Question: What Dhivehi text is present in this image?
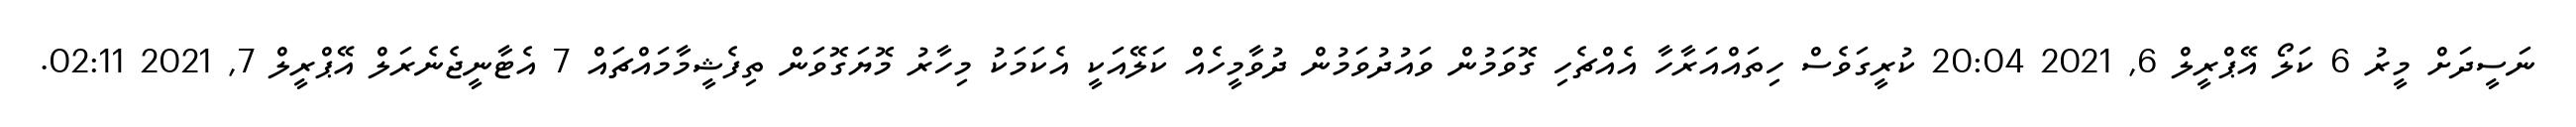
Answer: ނަސީދަށް މީރު 6 ކަލޯ އޭޕްރީލް 6, 2021 20:04 ކުރީގަވެސް ހިތައްއަރާހާ އެއްޗެހި ގޮވަމުން ވައުދުވަމުން ދުވާމީހެއް ކަލޭއަކީ އެކަމަކު މިހާރު މޮޔަގޮވަން ތިފެޝީމާމައްޗައް 7 އެޓާނީޖެނެރަލް އޭޕްރީލް 7, 2021 02:11.